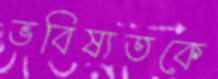
ভবিষ্যতকে